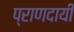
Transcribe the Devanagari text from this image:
प्राणदायी